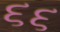
૬૬